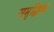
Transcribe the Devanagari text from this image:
समृद्धिक